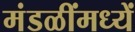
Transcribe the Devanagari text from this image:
मंडळींमध्यें